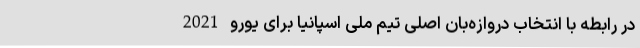
در رابطه با انتخاب دروازه‌بان اصلی تیم ملی اسپانیا برای یورو 2021